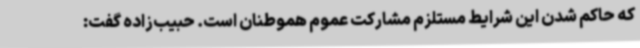
که حاکم شدن این شرایط مستلزم مشارکت عموم هموطنان است. حبیب‌زاده گفت: